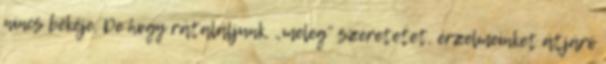
nincs békéje. De hogy rátaláljunk, „meleg” szeretetet, érzelmeinket átjáró